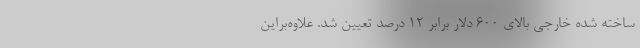
ساخته شده خارجی بالای ۶۰۰ دلار برابر 12 درصد تعیین شد. علاوه‌براین